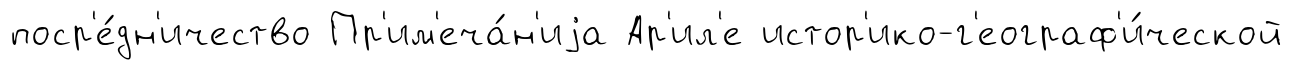
поср'е́дн'ичество Пр'им'еча́н'иjа Ар'ил'е истор'ико-г'еограф'и́ческой